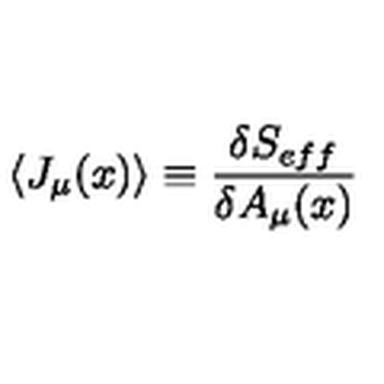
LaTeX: \langle J _ { \mu } ( x ) \rangle \equiv \frac { \delta S _ { e f f } } { \delta A _ { \mu } ( x ) }